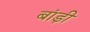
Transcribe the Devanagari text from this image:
बांड़ी